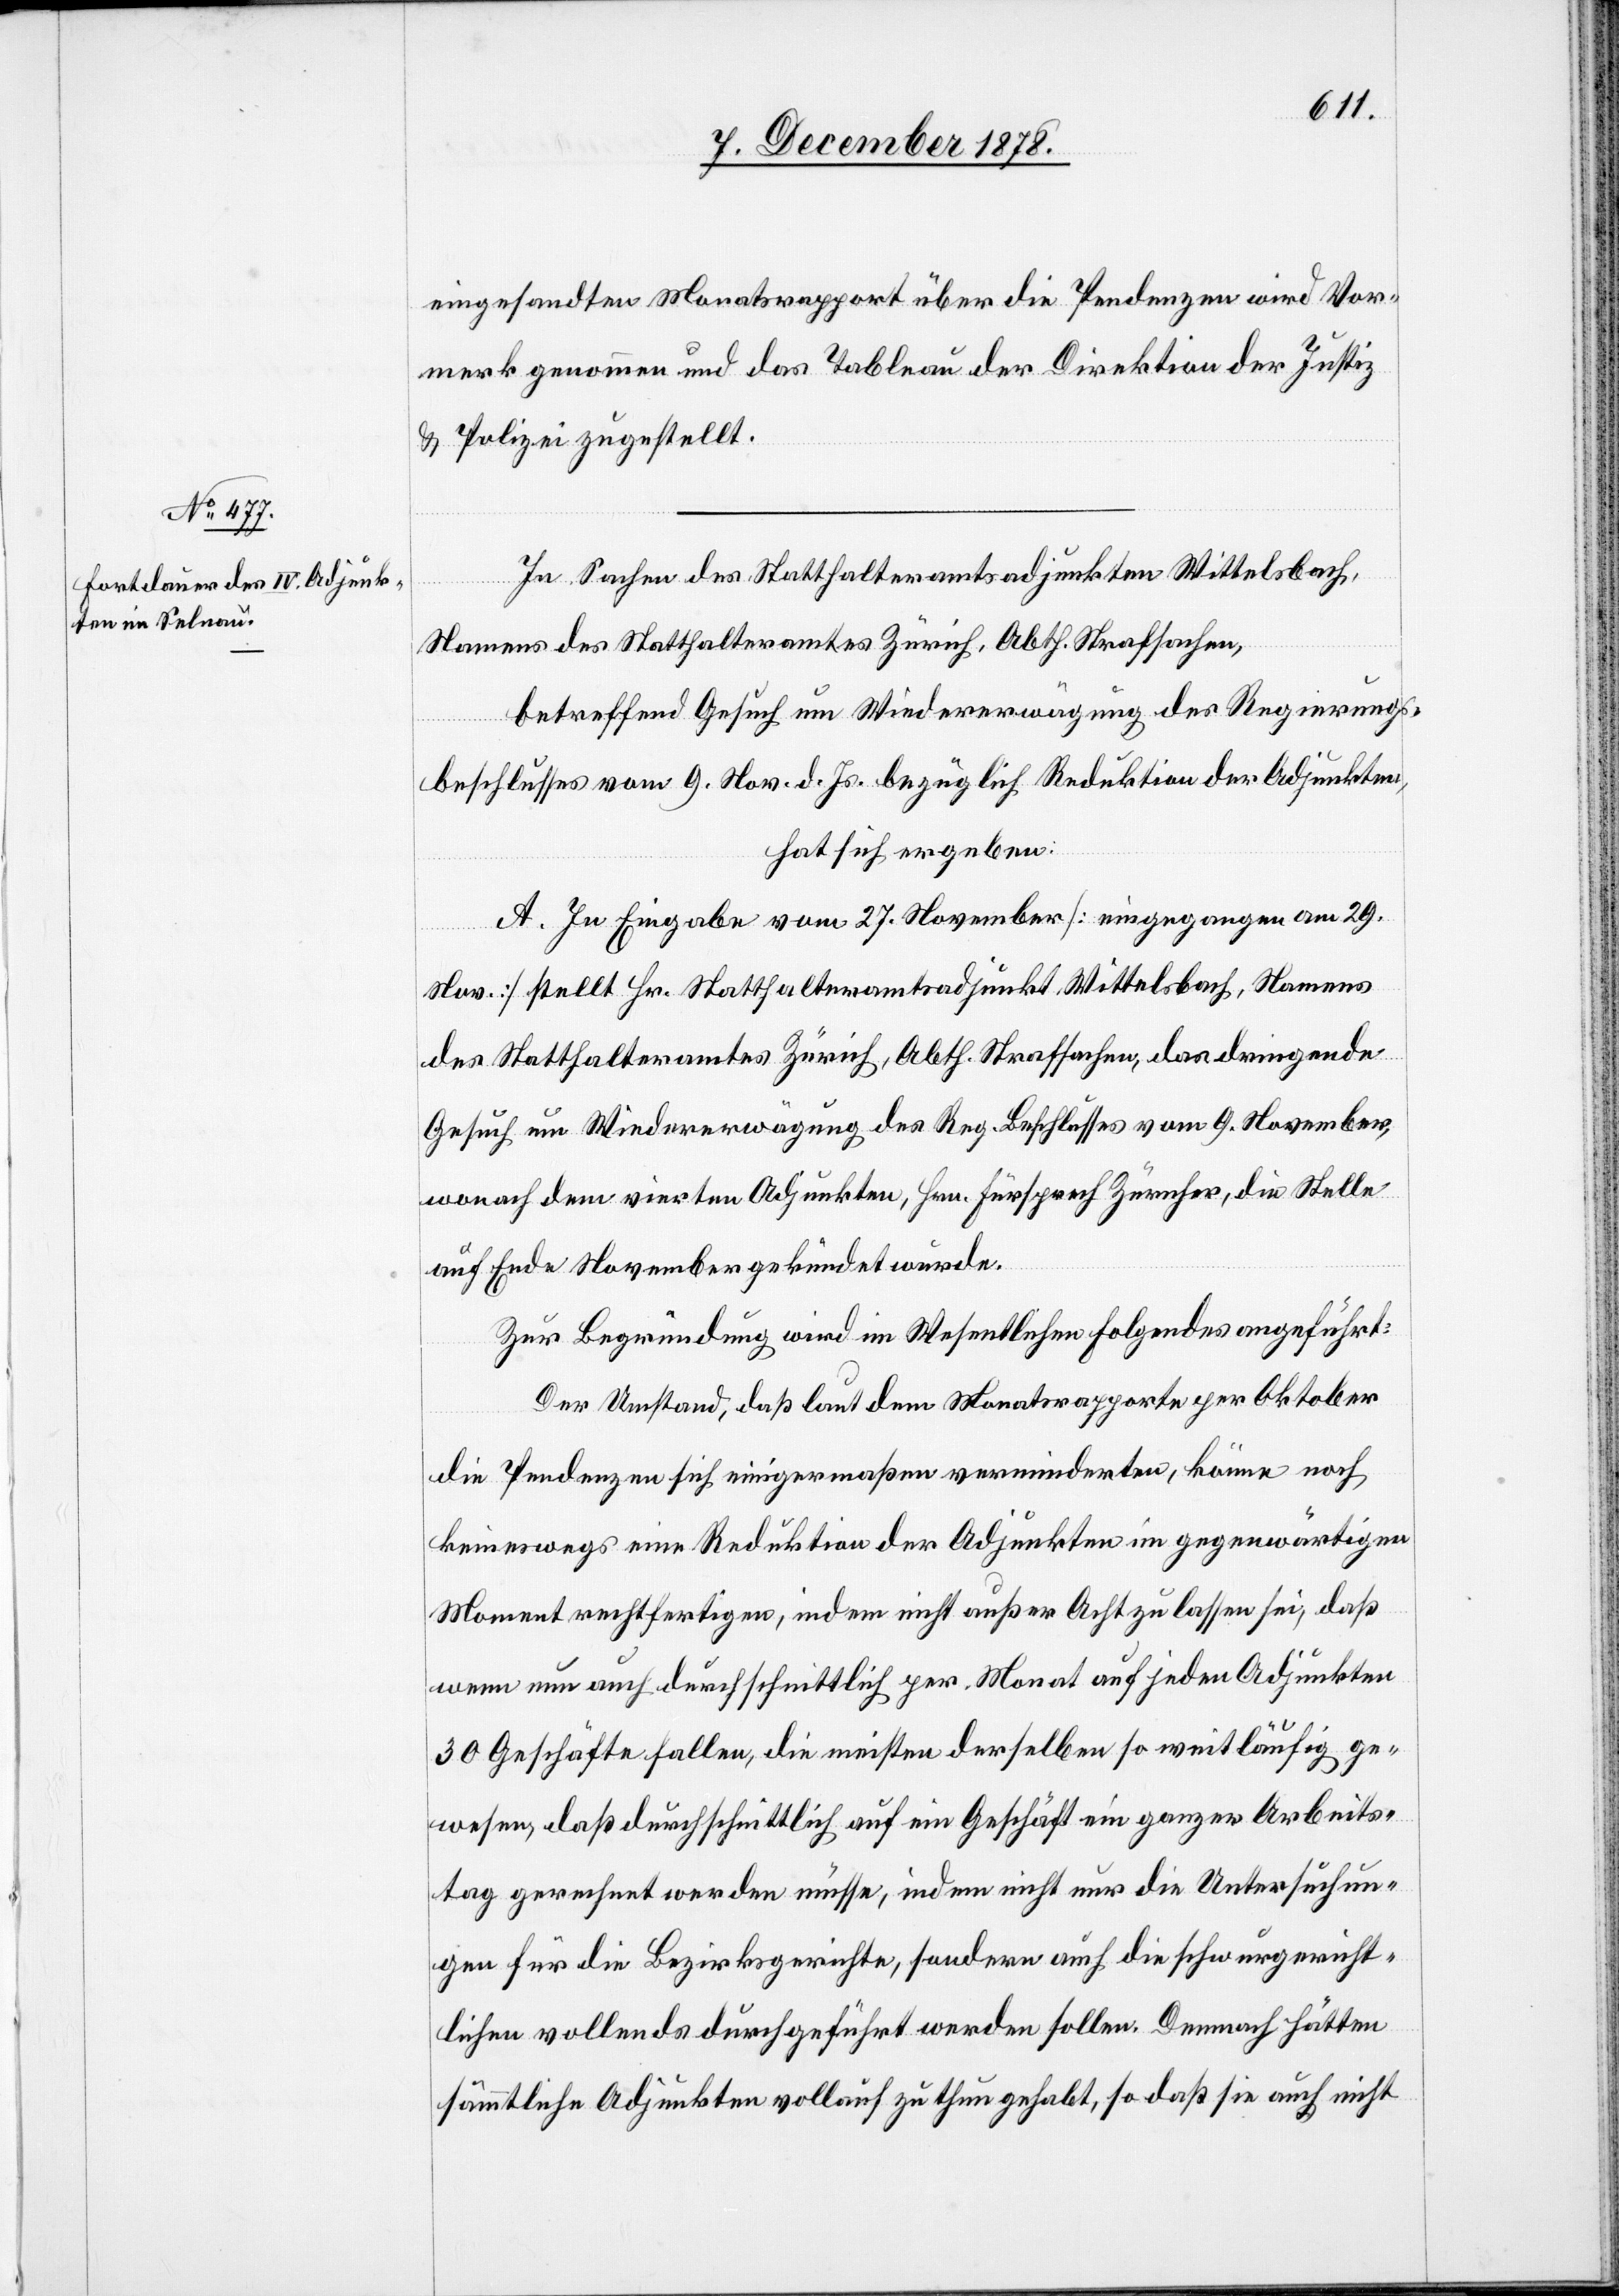
eingesandten Monatsrapport über die Pendenzen wird Vor¬
merk genommen und das Tableau der Direktion der Justiz
& Polizei zugestellt.
In Sachen des Statthalteramtsadjunkten Wittelsbach,
Namens des Statthalteramtes Zürich, Abth. Strafsachen,
betreffend Gesuch um Wiedererwägung des Regierungs¬
beschlusses vom 9. Nov. d. Js. bezüglich Reduktion der Adjunkten,
hat sich ergeben:
A. In Eingabe vom 27. November [eingegangen am 29.
Nov.] stellt Hr. Statthalteramtsadjunkt Wittelsbach, Namens
des Statthalteramtes Zürich, Abth. Strafsachen, das dringende
Gesuch um Wiedererwägung des Reg. Beschlusses vom 9. November,
wonach dem vierten Adjunkten, Hrn. Fürsprech Zürcher, die Stelle
auf Ende November gekündet wurde.
Zur Begründung wird im Wesentlichen folgendes angeführt:
Der Umstand, daß laut dem Monatsrapporte per Oktober
die Pendenzen sich einigermaßen verminderten, könne noch
keineswegs eine Reduktion der Adjunkten im gegenwärtigen
Moment rechtfertigen, indem nicht außer Acht zu lassen sei, daß
wenn nun auch durchschnittlich per Monat auf jeden Adjunkten
30 Geschäfte fallen, die meisten derselben so weitläufig ge¬
wesen, daß durchschnittlich auf ein Geschäft ein ganzer Arbeits¬
tag gerechnet werden müsse, indem nicht nur die Untersuchun¬
gen für die Bezirksgerichte, sondern auch die schwurgericht¬
lichen vollends durchgeführt werden sollen. Demnach hätten
sämmtliche Adjunkten vollauf zu thun gehabt, so daß sie auch nicht